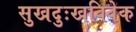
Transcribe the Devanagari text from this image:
सुखदुःखविवेक